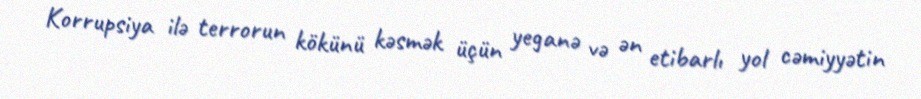
Korrupsiya ilə terrorun kökünü kəsmək üçün yeganə və ən etibarlı yol cəmiyyətin